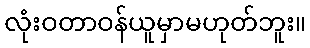
လုံးဝတာဝန်ယူမှာမဟုတ်ဘူး။